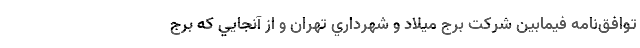
توافق‌نامه فيمابين شركت برج ميلاد و شهرداري تهران و از آنجايي كه برج